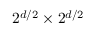
2 ^ { d / 2 } \times 2 ^ { d / 2 }